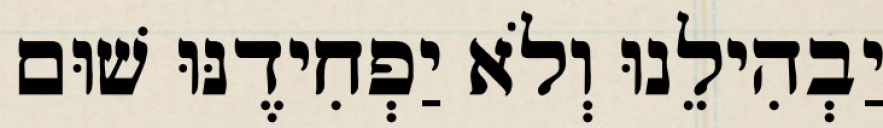
יַבְהִילֵנוּ וְלֹא יַפְחִידֶנּוּ שׁוּם